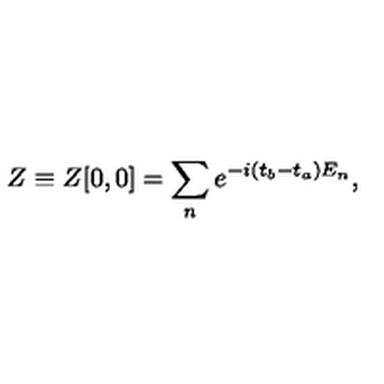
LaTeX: Z \equiv Z [ 0 , 0 ] = \sum _ { n } e ^ { - i ( t _ { b } - t _ { a } ) E _ { n } } ,